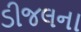
ડીજલના